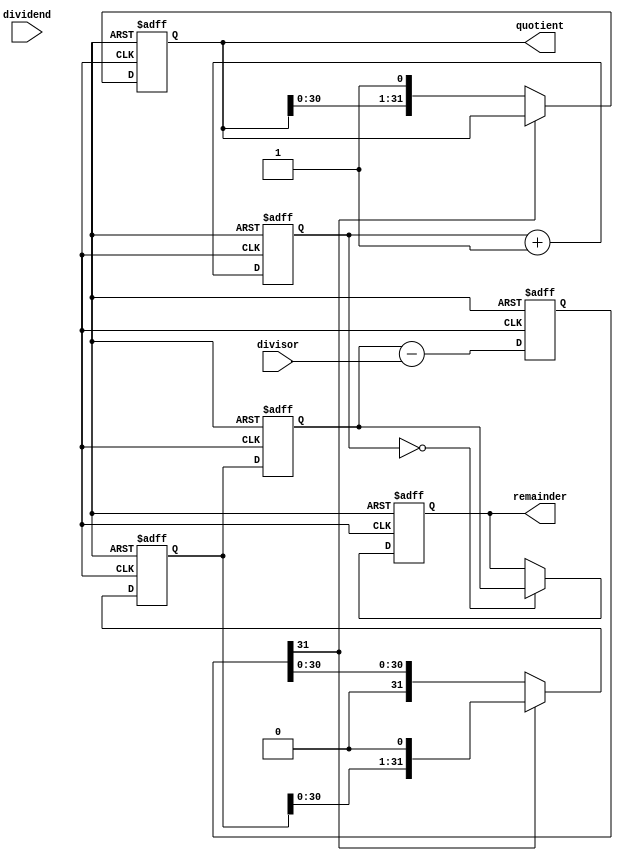
module ShiftAndSubtractDivider (
    input [31:0] dividend,
    input [31:0] divisor,
    output reg [31:0] quotient,
    output reg [31:0] remainder
);

reg [31:0] shifted_dividend;
reg [31:0] temp_dividend;
reg [31:0] sub_result;
reg [4:0] shift_counter;

always @ (posedge clk or negedge rst) begin
    if (!rst) begin
        shifted_dividend <= 32'b0;
        temp_dividend <= 32'b0;
        sub_result <= 32'b0;
        quotient <= 32'b0;
        remainder <= 32'b0;
        shift_counter <= 5'b0;
    end else begin
        temp_dividend <= shifted_dividend;
        shifted_dividend <= {shifted_dividend[30:0], 1'b0};
        sub_result <= temp_dividend - divisor;
        
        if (sub_result[31] == 0) begin
            shifted_dividend <= sub_result;
            quotient <= {quotient[30:0], 1'b1};
        end
        
        if (shift_counter == 31'b0) begin
            remainder <= temp_dividend;
        end
        
        shift_counter <= shift_counter + 1;
    end
end

endmodule